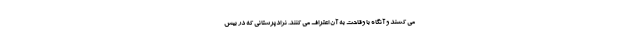
می کشند و آنگاه با وقاحت به آن اعتراف می کنند. نژادپرستانی که در بیش